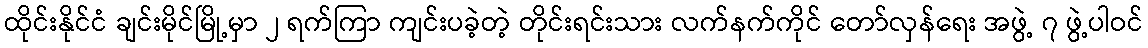
ထိုင်းနိုင်ငံ ချင်းမိုင်မြို့မှာ ၂ ရက်ကြာ ကျင်းပခဲ့တဲ့ တိုင်းရင်းသား လက်နက်ကိုင် တော်လှန်ရေး အဖွဲ့ ၇ ဖွဲ့ပါဝင်